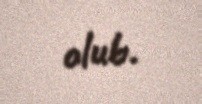
olub.